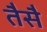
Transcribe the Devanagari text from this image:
तैसै